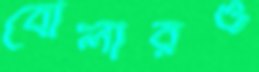
বোলারও